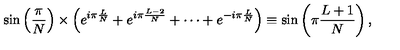
\sin \left( \frac { \pi } { N } \right) \times \left( e ^ { i \pi \frac { L } { N } } + e ^ { i \pi \frac { L - 2 } { N } } + \cdots + e ^ { - i \pi \frac { L } { N } } \right) \equiv \sin \left( \pi \frac { L + 1 } { N } \right) ,